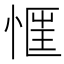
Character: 𢝎